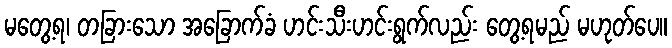
မတွေ့ရ၊ တခြားသော အခြောက်ခံ ဟင်းသီးဟင်းရွက်လည်း တွေ့ရမည် မဟုတ်ပေ။